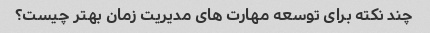
چند نکته برای توسعه مهارت های مدیریت زمان بهتر چیست؟